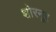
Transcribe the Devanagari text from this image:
शोरनूर